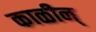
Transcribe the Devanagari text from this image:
काळीन्